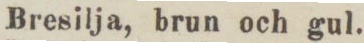
Bresilja, brun och gul.